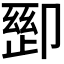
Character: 𫧽